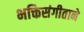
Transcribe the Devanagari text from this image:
भक्तिसंगीताने